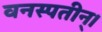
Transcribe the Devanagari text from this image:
वनस्पतीन्।